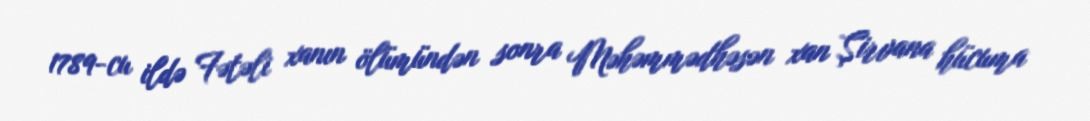
1789-cu ildə Fətəli xanın ölümündən sonra Məhəmmədhəsən xan Şirvana hücuma